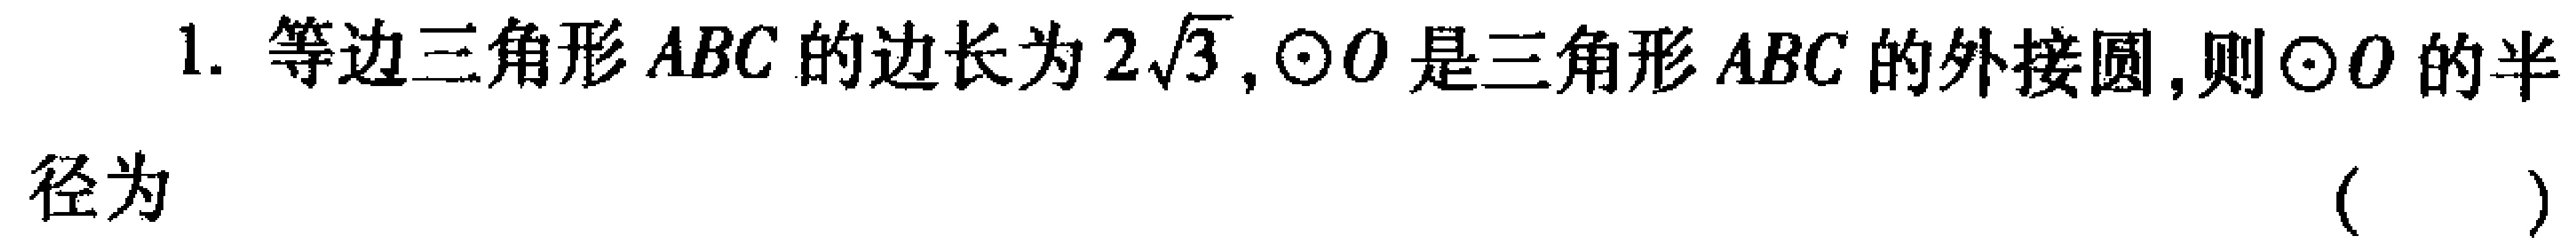
1. 等边三角形 \(ABC\) 的边长为 \(2\sqrt{3}\)，\(\odot O\) 是三角形 \(ABC\) 的外接圆，则\(\odot O\) 的半
径为  （  ）